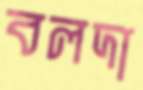
বলদা